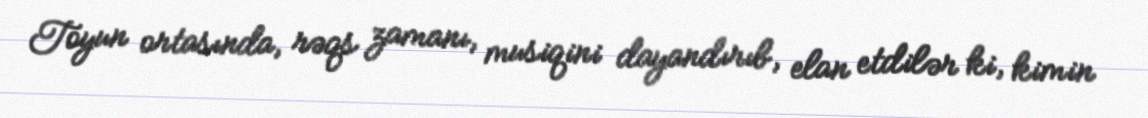
Toyun ortasında, rəqs zamanı, musiqini dayandırıb, elan etdilər ki, kimin